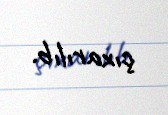
çıxarılıb.